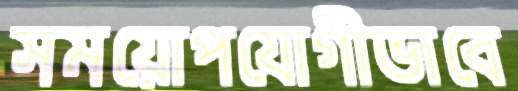
সময়োপযোগীভাবে